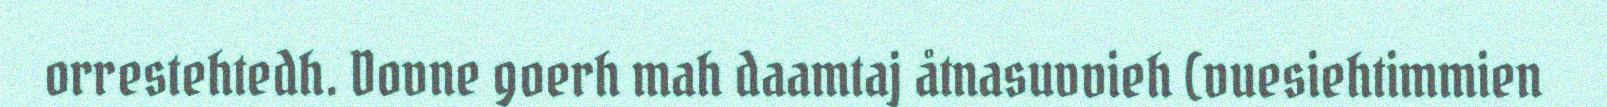
orrestehtedh. Dovne goerh mah daamtaj åtnasuvvieh (vuesiehtimmien